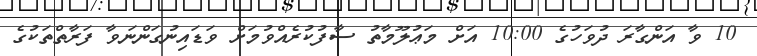
10 ވާ އަންގާރަ ދުވަހުގެ 10:00 އަށް މަޢުލޫމާތު ސާފުކުރެއްވުމަށް ވަޑައިނުގަންނަވާ ފަރާތްތަކުގެ